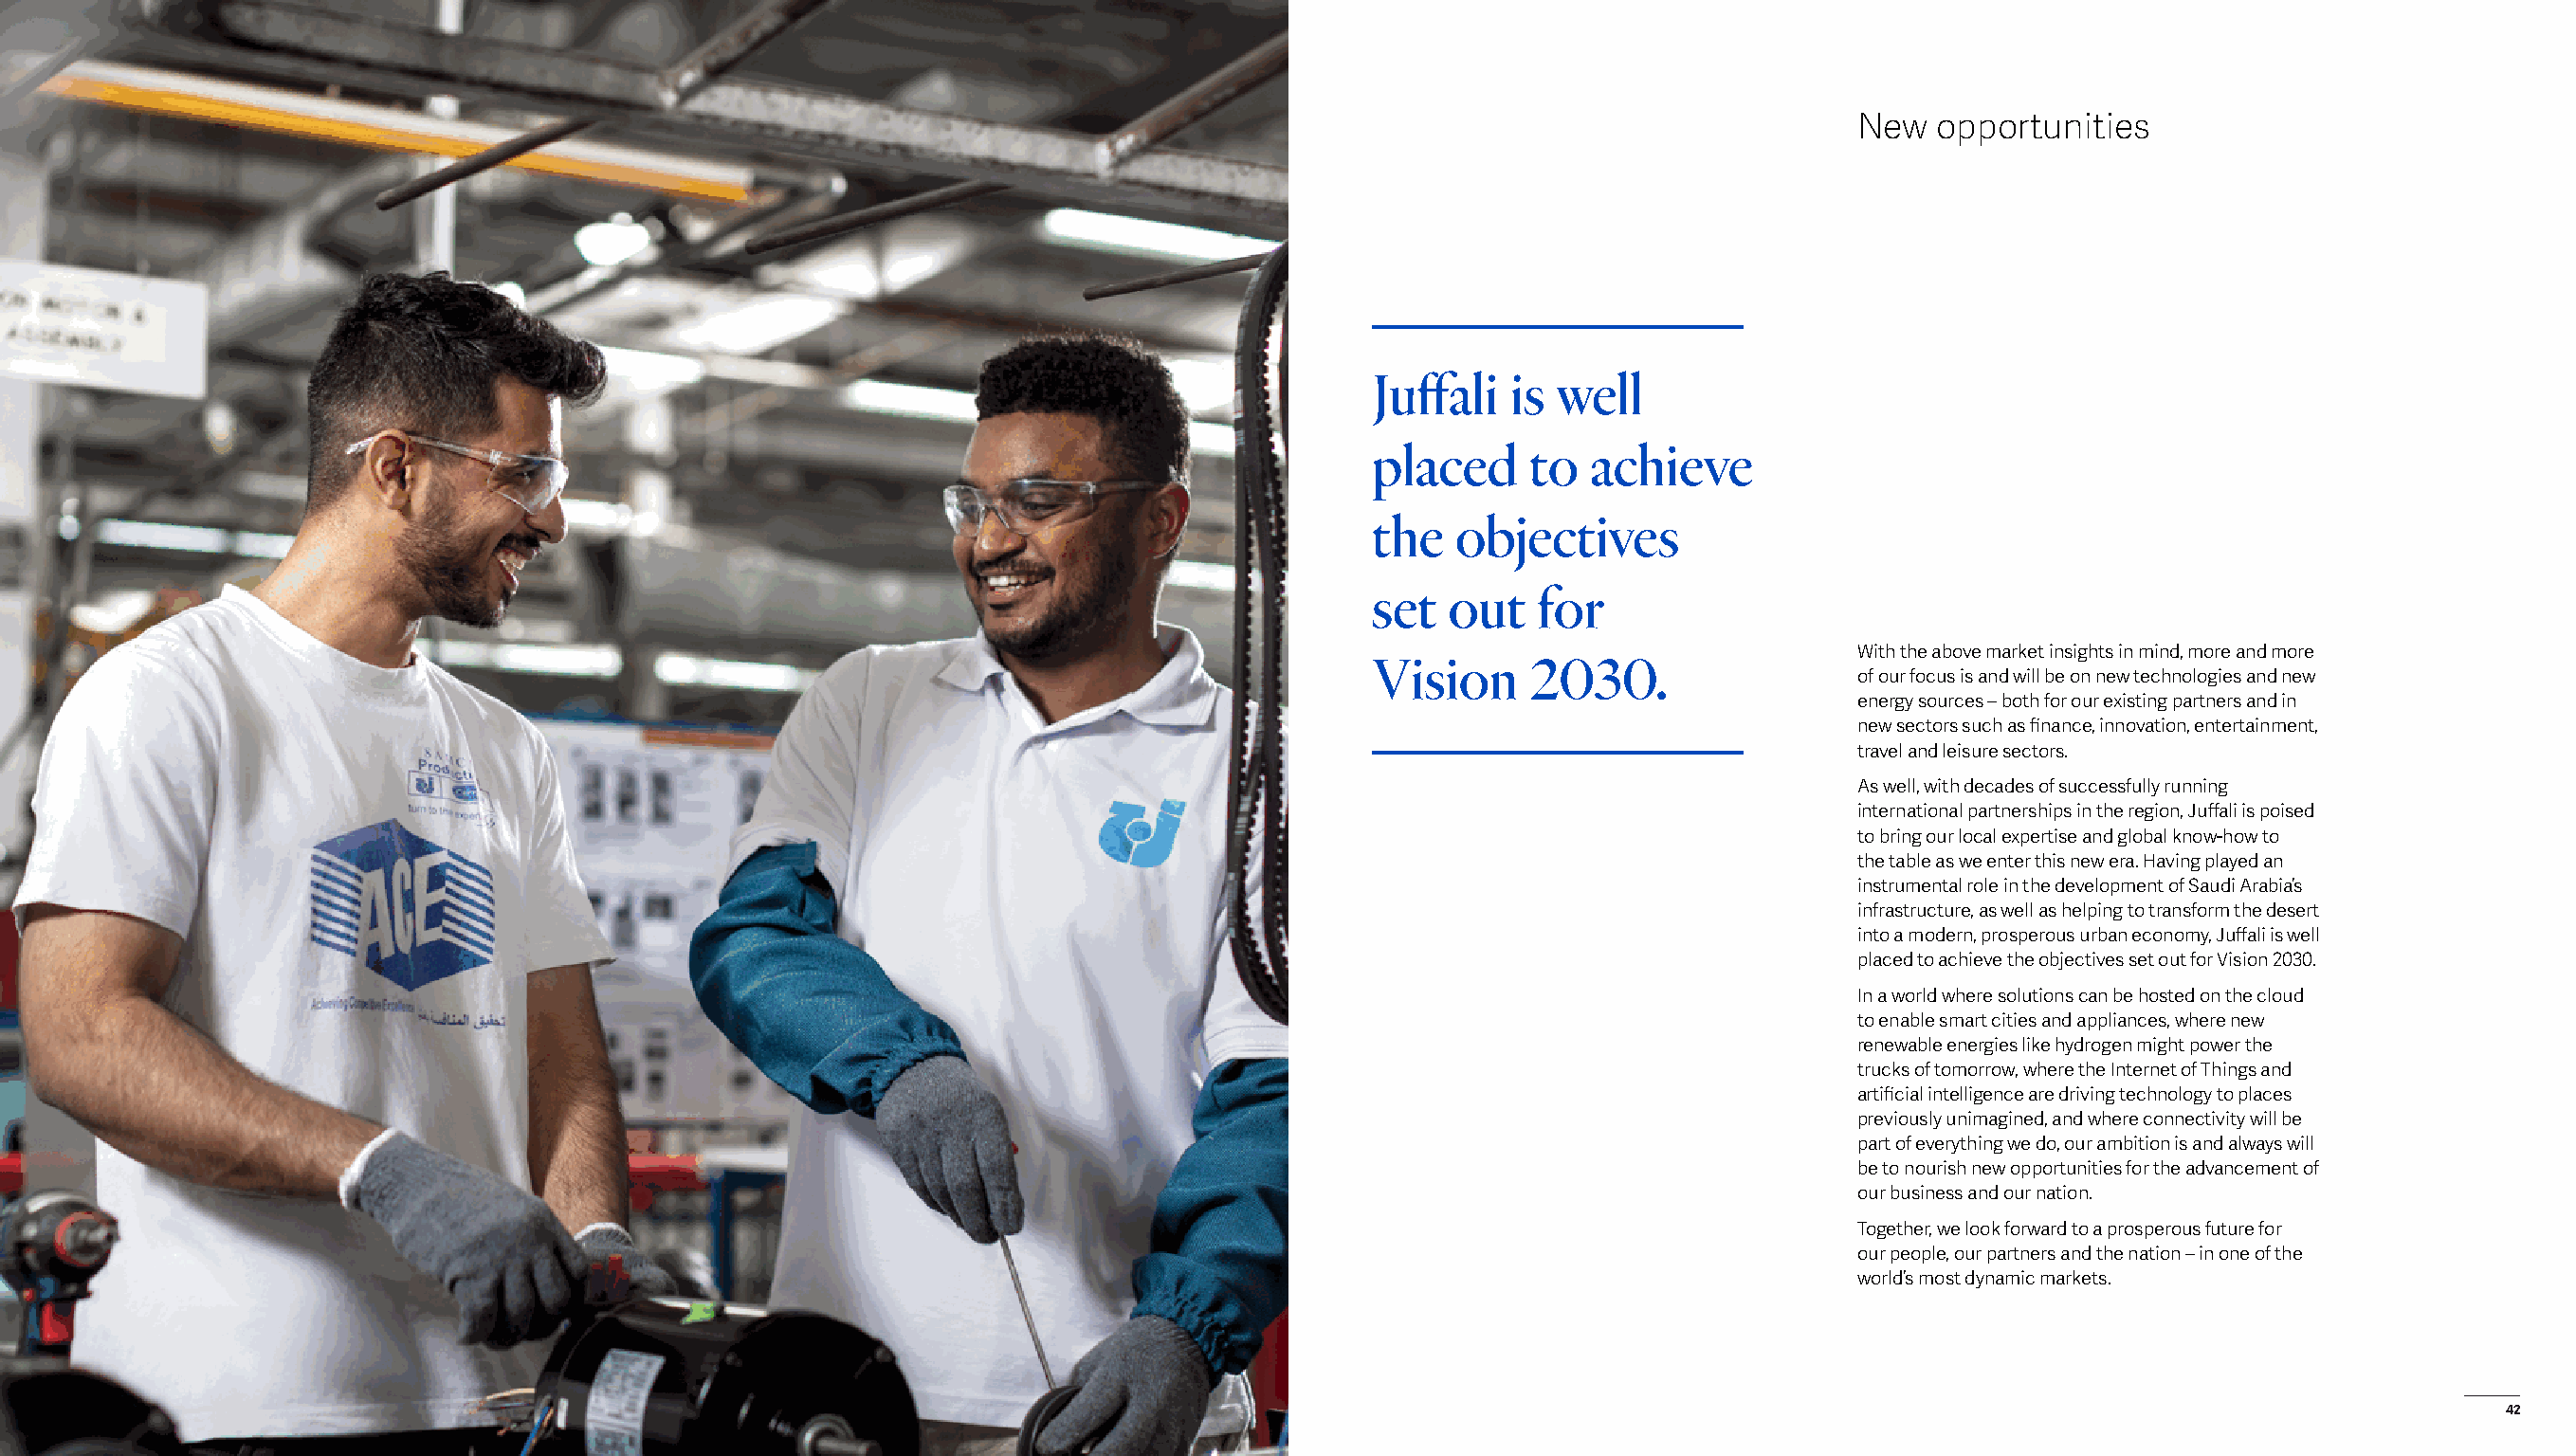
New  opportunities
 Juffali  is  well
 placed     to  achieve
 the   objectives
 set  out   for
 With the above market insights in mind, more and more
 Vision     2030.
 of our focus is and will be on new technologies and new
 energy sources – both for our existing partners and in
 new sectors such as finance, innovation, entertainment,
 travel and leisure sectors.
 As well, with decades of successfully running
 international partnerships in the region, Juffali is poised
 to bring our local expertise and global know-how to
 the table as we enter this new era. Having played an
 instrumental role in the development of Saudi Arabia’s
 infrastructure, as well as helping to transform the desert
 into a modern, prosperous urban economy, Juffali is well
 placed to achieve the objectives set out for Vision 2030.
 In a world where solutions can be hosted on the cloud
 to enable smart cities and appliances, where new
 renewable energies like hydrogen might power the
 trucks of tomorrow, where the Internet of Things and
 artificial intelligence are driving technology to places
 previously unimagined, and where connectivity will be
 part of everything we do, our ambition is and always will
 be to nourish new opportunities for the advancement of
 our business and our nation.
 Together, we look forward to a prosperous future for
 our people, our partners and the nation – in one of the
 world’s most dynamic markets.
 Sam Factory
 41                                                                                                                                                                         42